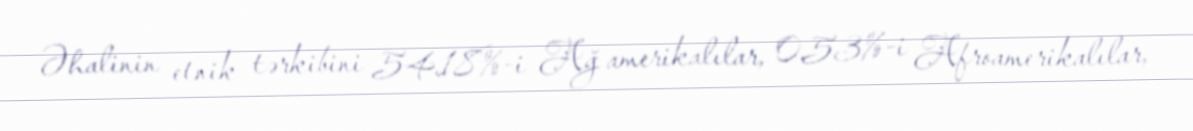
Əhalinin etnik tərkibini 54.18%-i Ağ amerikalılar, 0.53%-i Afroamerikalılar,